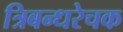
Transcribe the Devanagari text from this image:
त्रिबन्धरेचक